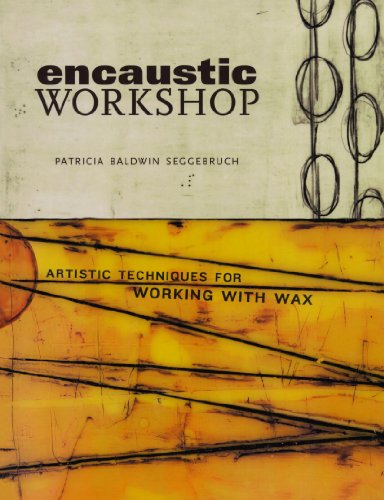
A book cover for Encaustic Workshop: Artistic Techniques for Working with Wax; Patricia B. Seggebruch; Crafts, Hobbies & Home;